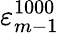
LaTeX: \varepsilon_{m-1}^{1000}